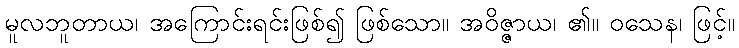
မူလဘူတာယ၊ အကြောင်းရင်းဖြစ်၍ ဖြစ်သော။ အဝိဇ္ဇာယ၊ ၏။ ဝသေန၊ ဖြင့်။